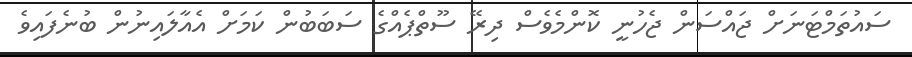
ސައުތަމްޓަނަށް ޖައްސަން ޖެހުނީ ކޮންމެވެސް ދިރޭ ސޫތްޕެއްގެ ސަބަބުން ކަމަށް އެއާލައިނުން ބުނެފައިވެ